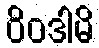
ဝိဝဒါမိ